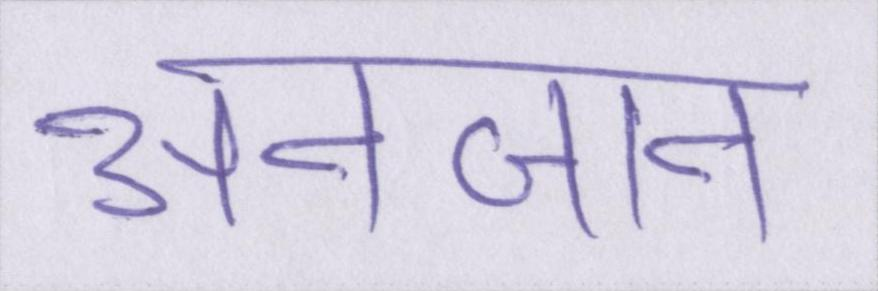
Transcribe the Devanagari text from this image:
अनजान